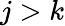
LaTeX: j>k